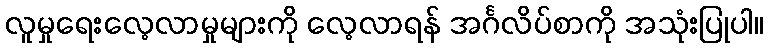
လူမှုရေးလေ့လာမှုများကို လေ့လာရန် အင်္ဂလိပ်စာကို အသုံးပြုပါ။